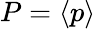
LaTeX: P=\langle p\rangle